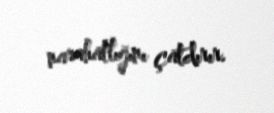
narahatlığını çatdırır.